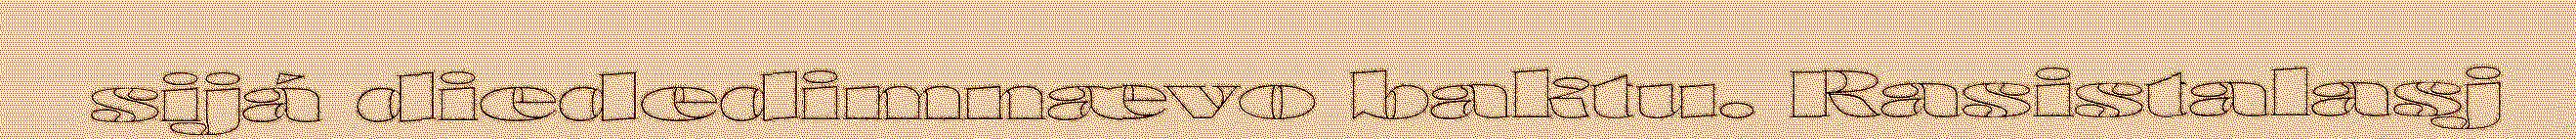
sijá diededimnævo baktu. Rasistalasj